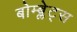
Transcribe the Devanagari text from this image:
बोम्ब्लेट्स